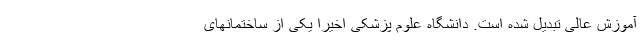
آموزش عالی تبدیل شده است. دانشگاه علوم پزشکی اخیرا یکی از ساختمانهای